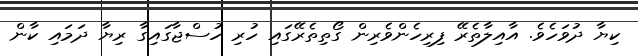
ކިޔާ ދުވަހެވެ. އާއިލާތެރޭ ފިރިހެންވެރިން ގޯތިތެރޭގައި ހުރި ހުސްޖާގައިގާ ރިޔާ ދަމައި ކާން